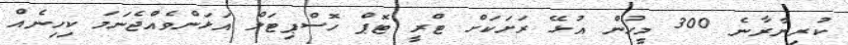
ކުރިނާރާނެ 300 މީހުން އުޅޭ ރަށަކަށް ޓްރީ ޓޮޕް ހޮސްޕިޓަލް އަޅަންވެއްޖެނަމަ ކިހިނެއް